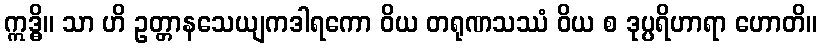
ဣဒ္ဓိ။ သာ ဟိ ဥတ္တာနသေယျကဒါရကော ဝိယ တရုဏသဿံ ဝိယ စ ဒုပ္ပရိဟာရာ ဟောတိ။